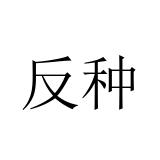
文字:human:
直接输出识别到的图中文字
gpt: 反种